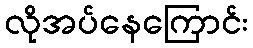
လိုအပ်နေကြောင်း